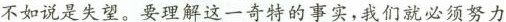
不如说是失望。要理解这一奇特的事实，我们就必须努力